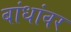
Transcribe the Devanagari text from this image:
बांधांवर